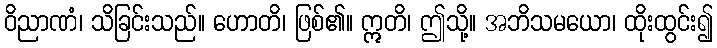
ဝိညာဏံ၊ သိခြင်းသည်။ ဟောတိ၊ ဖြစ်၏။ ဣတိ၊ ဤသို့။ အဘိသမယော၊ ထိုးထွင်း၍